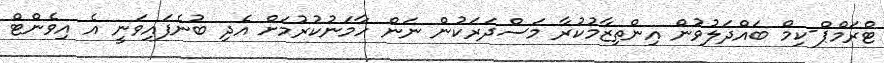
ޓްރަމްޕް-ކިމް ބައްދަލުވުން އިންތިޒާމުކުރާ މަސްދަރަކުން ނަން ހާމަނުކުރުމަށް އެދި ބުނެފައިވަނީ އެ އިވެންޓް